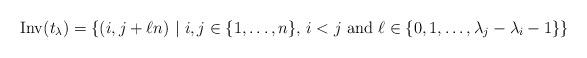
LaTeX: \begin{align*}\mathrm{Inv}(t_\lambda) =\{ (i,j+\ell n)\ |\ \hbox{$i,j\in \{1, \ldots, n\}$, $i<j$ and $\ell\in \{0, 1, \ldots, \lambda_j-\lambda_i-1\}$}\}\end{align*}